Scottish Leaving Certificate Examination, 1956
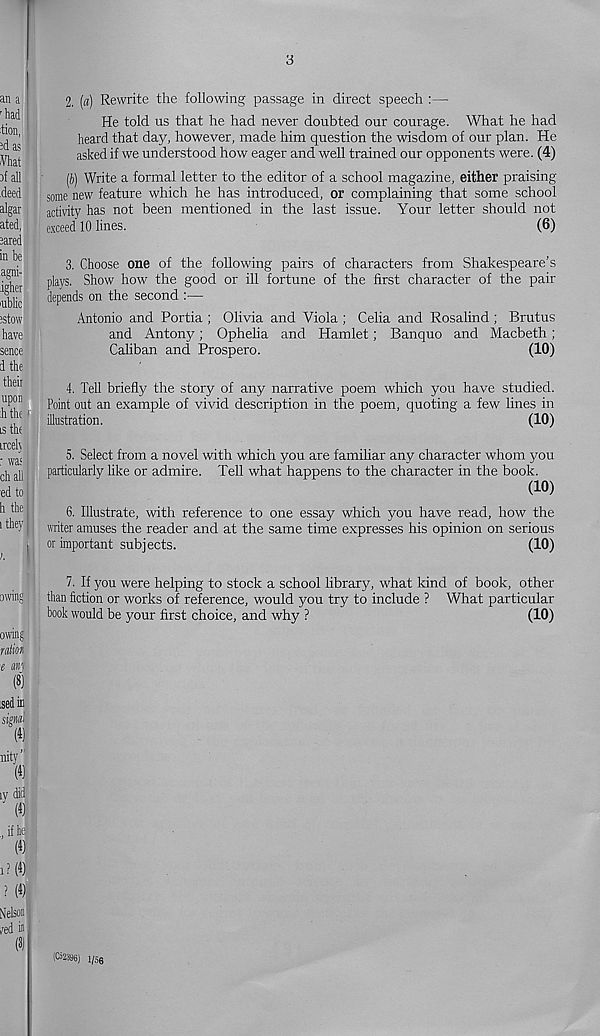
an a
'had
:tion,
2d as
/Vhat
af all
.deed
algar
ated,
eared
in be
agni-
jgher
inblic
stow
have
sence
d the
r was
ch all
ed to
h the
i they
owing
owing
2. («) Rewrite the following passage in direct speech :—
He told us that he had never doubted our courage. What he had
heard that day, however, made him question the wisdom of our plan. He
asked if we understood how eager and well trained our opponents were. (4)
(J) Write a formal letter to the editor of a school magazine, either praising
some new feature which he has introduced, or complaining that some school
activity has not been mentioned in the last issue. Your letter should not
exceed 10 lines.
(6)
3. Choose one of the following pairs of characters from Shakespeare’s
plays. Show how the good or ill fortune of the first character of the pair
depends on the second :—
Antonio and Portia ; Olivia and Viola ; Celia and Rosalind ; Brutus
and Antony; Ophelia and Hamlet; Banquo and Macbeth;
Caliban and Prospero.
(10)
4. Tell briefly the story of any narrative poem which you have studied.
Point out an example of vivid description in the poem, quoting a few lines in
illustration.
(10)
5. Select from a novel with which you are familiar any character whom you
particularly like or admire. Tell what happens to the character in the book.
(10)
6. Illustrate, with reference to one essay which you have read, how the
writer amuses the reader and at the same time expresses his opinion on serious
or important subjects.
(10)
7. If you were helping to stock a school library, what kind of book, other
than fiction or works of reference, would you try to include ? What particular
book would be your first choice, and why ?
(10)